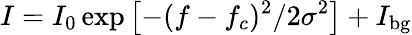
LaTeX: I=I_{0}\exp{\left[-(f-f_{c})^{2}/2\sigma^{2}\right]}+I_{\mathrm{bg}}